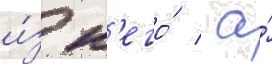
и́з н'его́ / а́